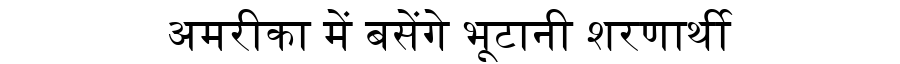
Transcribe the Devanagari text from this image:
अमरीका में बसेंगे भूटानी शरणार्थी